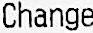
CHANGE